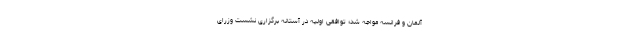
آلمان و فرانسه مواجه شد؛ توافقی اولیه در آستانه برگزاری نشست وزرای